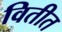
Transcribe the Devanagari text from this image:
वितीत